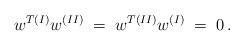
LaTeX: \begin{align*}w^{T(I)}w^{(II)} \;= \; w^{T(II)}w^{(I)} \;=\; 0\,.\end{align*}